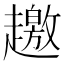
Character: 𧾐